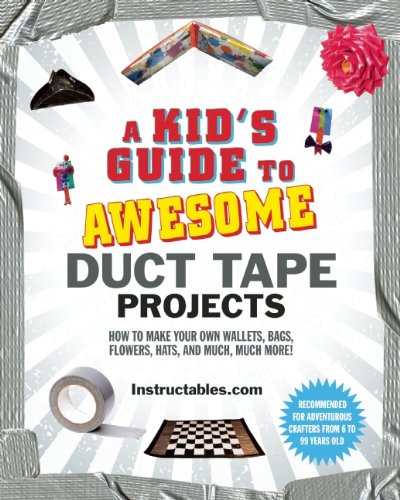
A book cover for A Kid's Guide to Awesome Duct Tape Projects: How to Make Your Own Wallets, Bags, Flowers, Hats, and Much, Much More!; Instructables.com; Crafts, Hobbies & Home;